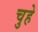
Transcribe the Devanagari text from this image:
चुहे